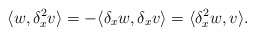
\begin{align*} \langle w,\delta_x^2 v\rangle=-\langle \delta_x w,\delta_x v\rangle=\langle \delta_x^2 w,v\rangle. \end{align*}